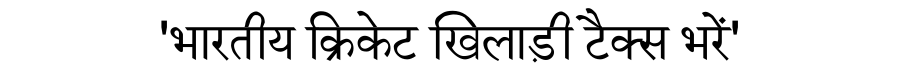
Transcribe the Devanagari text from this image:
'भारतीय क्रिकेट खिलाड़ी टैक्स भरें'